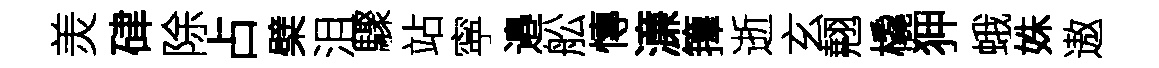
羙硉除占檗沮驟站寜邉舩慱濓籜逝玄翹橇狎蛾姝遨